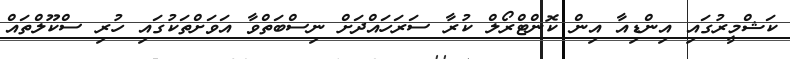
ކަޝްމީރުގައި އިންޑިއާ އިން ކޮންޓްރޯލް ކުރާ ސަރަހައްދަށް ނިސްބަތްވާ އަވަށްތަކުގައި ހުރި ސްކޫލްތައް